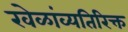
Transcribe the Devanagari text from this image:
खेळांव्यतिरिक्त